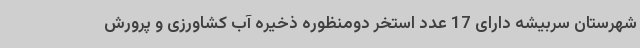
شهرستان سربیشه دارای 17 عدد استخر دومنظوره ذخیره آب کشاورزی و پرورش